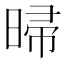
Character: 㫶